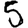
Digit: 5